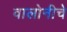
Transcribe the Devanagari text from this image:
वालोनीचे